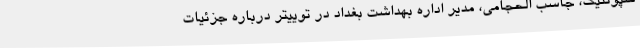
سپوتنیک، جاسب الحجامی، مدیر اداره بهداشت بغداد در توییتر درباره جزئیات